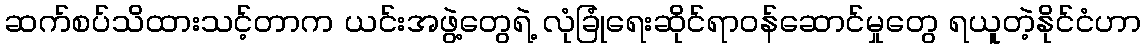
ဆက်စပ်သိထားသင့်တာက ယင်းအဖွဲ့တွေရဲ့ လုံခြုံရေးဆိုင်ရာဝန်ဆောင်မှုတွေ ရယူတဲ့နိုင်ငံဟာ